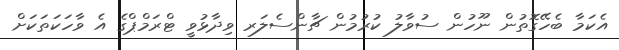
އެކަމާ ބެހޭގޮތުން ނޫހުން ސުވާލު ކުރުމުން ޗާންސެލަރ ވިދާޅުވީ ޓްރަމްޕްގެ އެ ވާހަކަތަކަށް